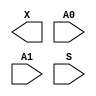
module sky130_fd_sc_hdll__udp_mux_2to1 (
    X ,
    A0,
    A1,
    S
);

    output X ;
    input  A0;
    input  A1;
    input  S ;
endmodule